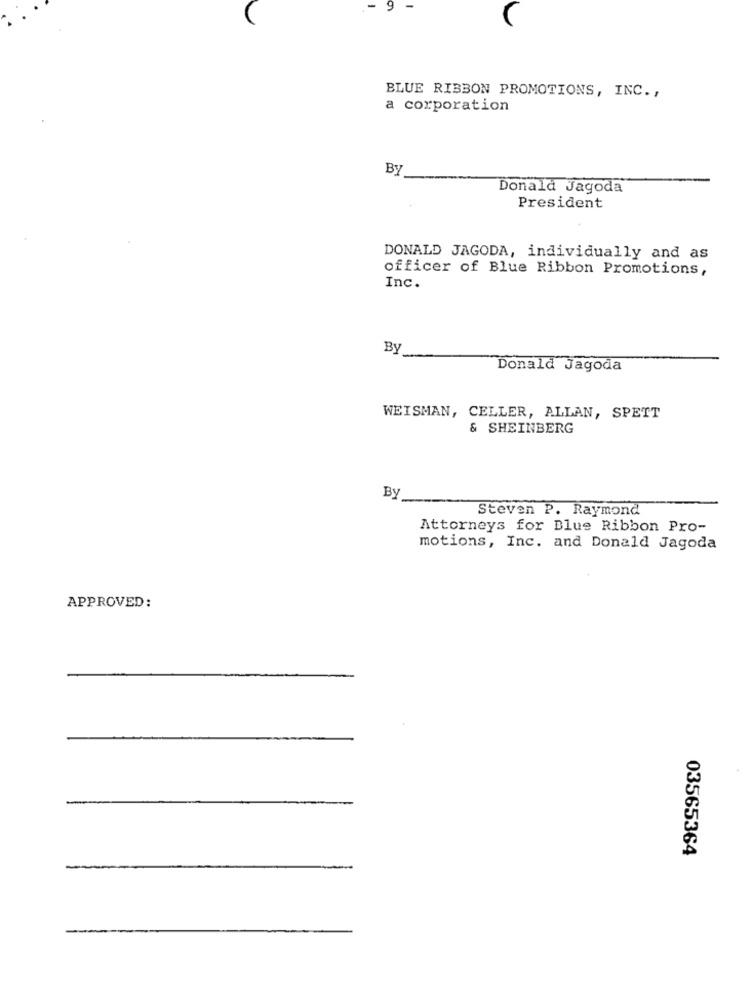
9
BLUE RIBBON PROMOTIONS, INC. ,
a corporation
By
Donald Jagoda
President
DONALD JAGODA, individually and as
officer of Blue Ribbon Promotions,
Inc.
By
Donald Jagoda
WEISMAN, CELLER, ALLAN, SPETT
& SHEINBERG
By
Steven P. Raymond
Attorneys for Blue Ribbon Pro-
motions, Inc. and Donald Jagoda
APPROVED:
03565364